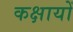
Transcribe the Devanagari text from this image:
कक्षायों